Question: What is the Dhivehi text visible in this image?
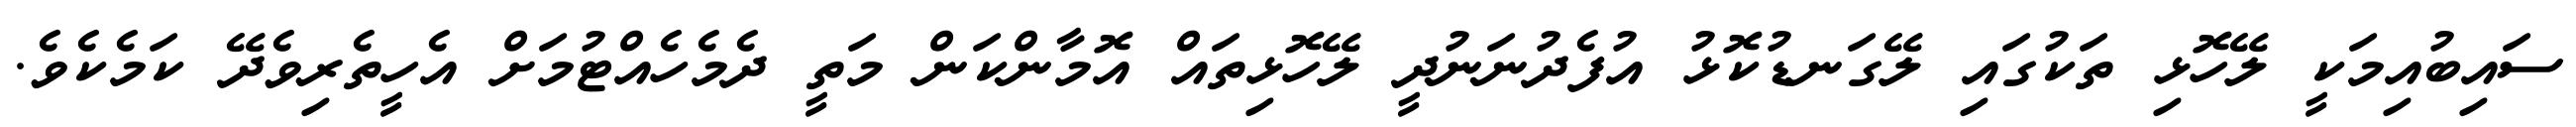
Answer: ސައިބުއިމަކީ ލޭހޮޅި ތަކުގައި ލޭގަނޑުކޮޅު އުފެދުނަނުދީ ލޭހޮޅިތައް އޮމާންކަން މަތީ ދެމެހެއްޓުމަށް އެހީތެރިވެދޭ ކަމެކެވެ.